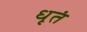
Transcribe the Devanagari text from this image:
धृतं